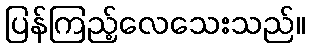
ပြန်ကြည့်လေသေးသည်။